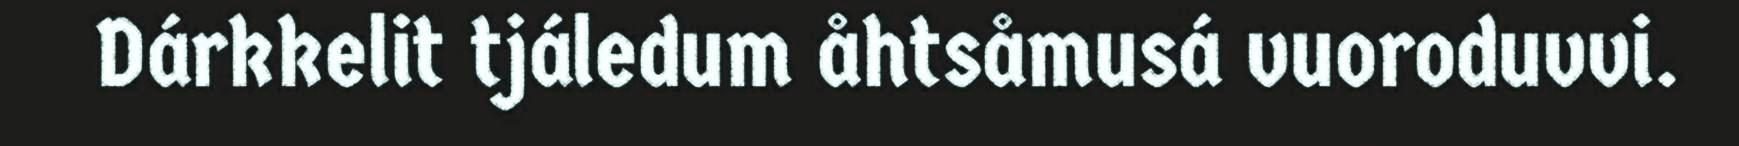
Dárkkelit tjáledum åhtsåmusá vuoroduvvi.